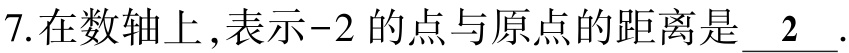
7.在数轴上,表示$-2$的点与原点的距离是$\underline{2}$.